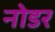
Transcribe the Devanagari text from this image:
नोडर